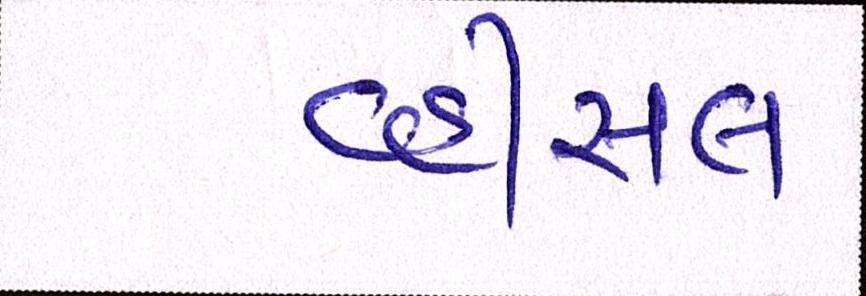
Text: વ્હીસલ